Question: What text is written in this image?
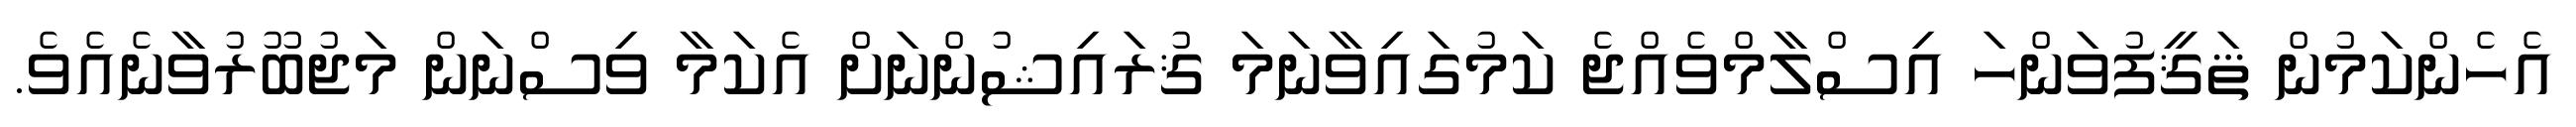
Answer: އެހެންކަމުން ޘަޤީފުވަންހަ އިސްލާމްވެއްޖެ ކަމުގައިވާނަމަ ޤުރައިޝުންނަށް އެކަމާ ވިސްނަން މަޖުބޫރުވާނެއެވެ.